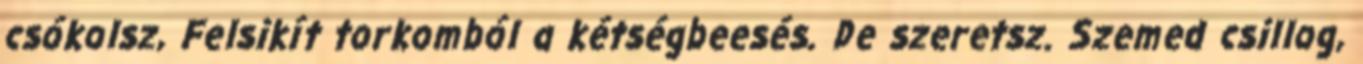
csókolsz, Felsikít torkomból a kétségbeesés. De szeretsz. Szemed csillog,